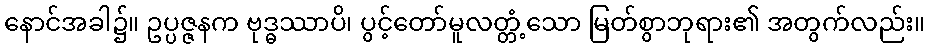
နောင်အခါ၌။ ဥပ္ပဇ္ဇနက ဗုဒ္ဓဿာပိ၊ ပွင့်တော်မူလတ္တံ့သော မြတ်စွာဘုရား၏ အတွက်လည်း။